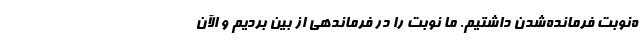
ه‌نوبت فرمانده‌شدن داشتیم. ما نوبت را در فرماندهی از بین بردیم و الآن